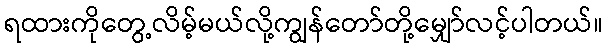
ရထားကိုတွေ့လိမ့်မယ်လို့ကျွန်တော်တို့မျှော်လင့်ပါတယ်။